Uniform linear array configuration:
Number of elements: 8
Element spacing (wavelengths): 0.5
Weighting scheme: binomial
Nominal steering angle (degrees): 30
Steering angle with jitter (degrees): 28.302
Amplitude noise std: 0.05
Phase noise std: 0.05

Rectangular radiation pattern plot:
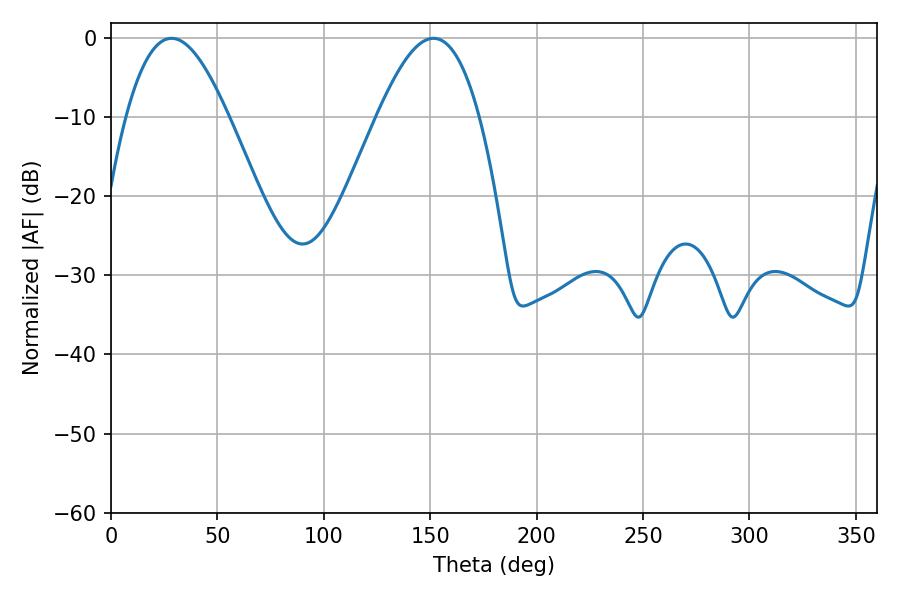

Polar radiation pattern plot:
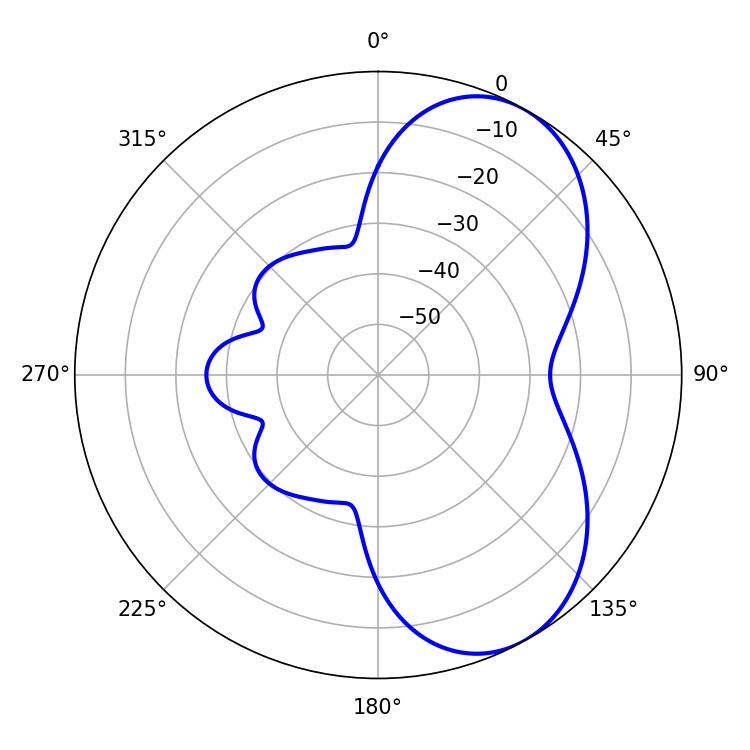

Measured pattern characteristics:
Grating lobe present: FALSE
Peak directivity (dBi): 6.123
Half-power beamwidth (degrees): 26.1
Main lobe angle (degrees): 28.44